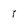
Character: T